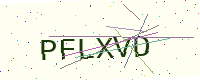
Text: PFLXVD